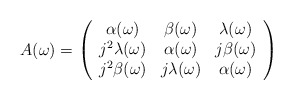
\begin{align*}A(\omega )=\left( \begin{array}{ccc}\alpha (\omega ) & \beta (\omega ) & \lambda (\omega ) \\ j^2\lambda (\omega ) & \alpha (\omega ) & j\beta (\omega ) \\ j^2\beta (\omega ) & j\lambda (\omega ) & \alpha (\omega )\end{array}\right)\end{align*}